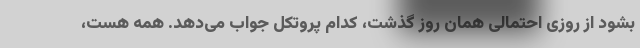
بشود از روزی احتمالی همان روز گذشت، کدام پروتکل جواب می‌دهد. همه هست،